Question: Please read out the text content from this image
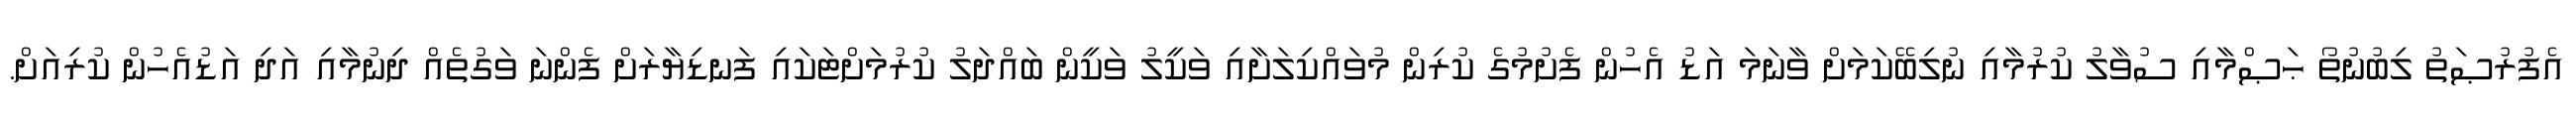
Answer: އެފުރުޞަތު ލިބުނުތޯ ޙަޞްމާއި ސުވާލު ކުރުމާއި ނުލިބޭކަމަށް ވާނަމަ އަޑު އެހުން ފެށުމުގެ ކުރިން މުވައްކިލަށާއި ވަކީލު ވަކީން ބައްދަލު ކުރުމަށްޓަކައި ފަނޑިޔާރަށް ފެންނަ ވަގުތެއް ދިނުމާއި އަދި އަޑުއެހުން ކުރިއަށް.